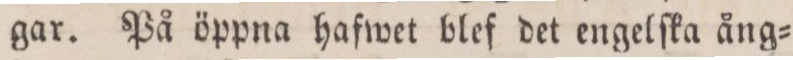
gar. På öppna hafwet blef det engelſka ång=